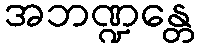
အဘဏ္ဍန္တေ